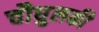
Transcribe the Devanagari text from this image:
चौघुलकी